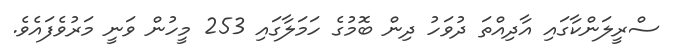
ސްރީލަންކާގައި އާދިއްތަ ދުވަހު ދިން ބޮމުގެ ހަމަލާގައި 253 މީހުން ވަނީ މަރުވެފައެވެ.